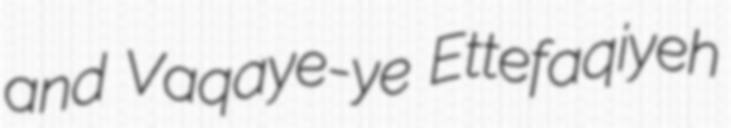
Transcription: and Vaqayeʿ-ye Ettefaqiyeh